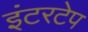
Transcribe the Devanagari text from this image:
इंटरटेप